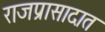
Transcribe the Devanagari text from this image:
राजप्रासादात